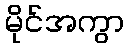
မိုင်အကွာ